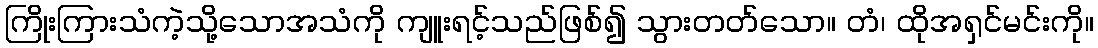
ကြိုးကြားသံကဲ့သို့သောအသံကို ကျူးရင့်သည်ဖြစ်၍ သွားတတ်သော။ တံ၊ ထိုအရှင်မင်းကို။